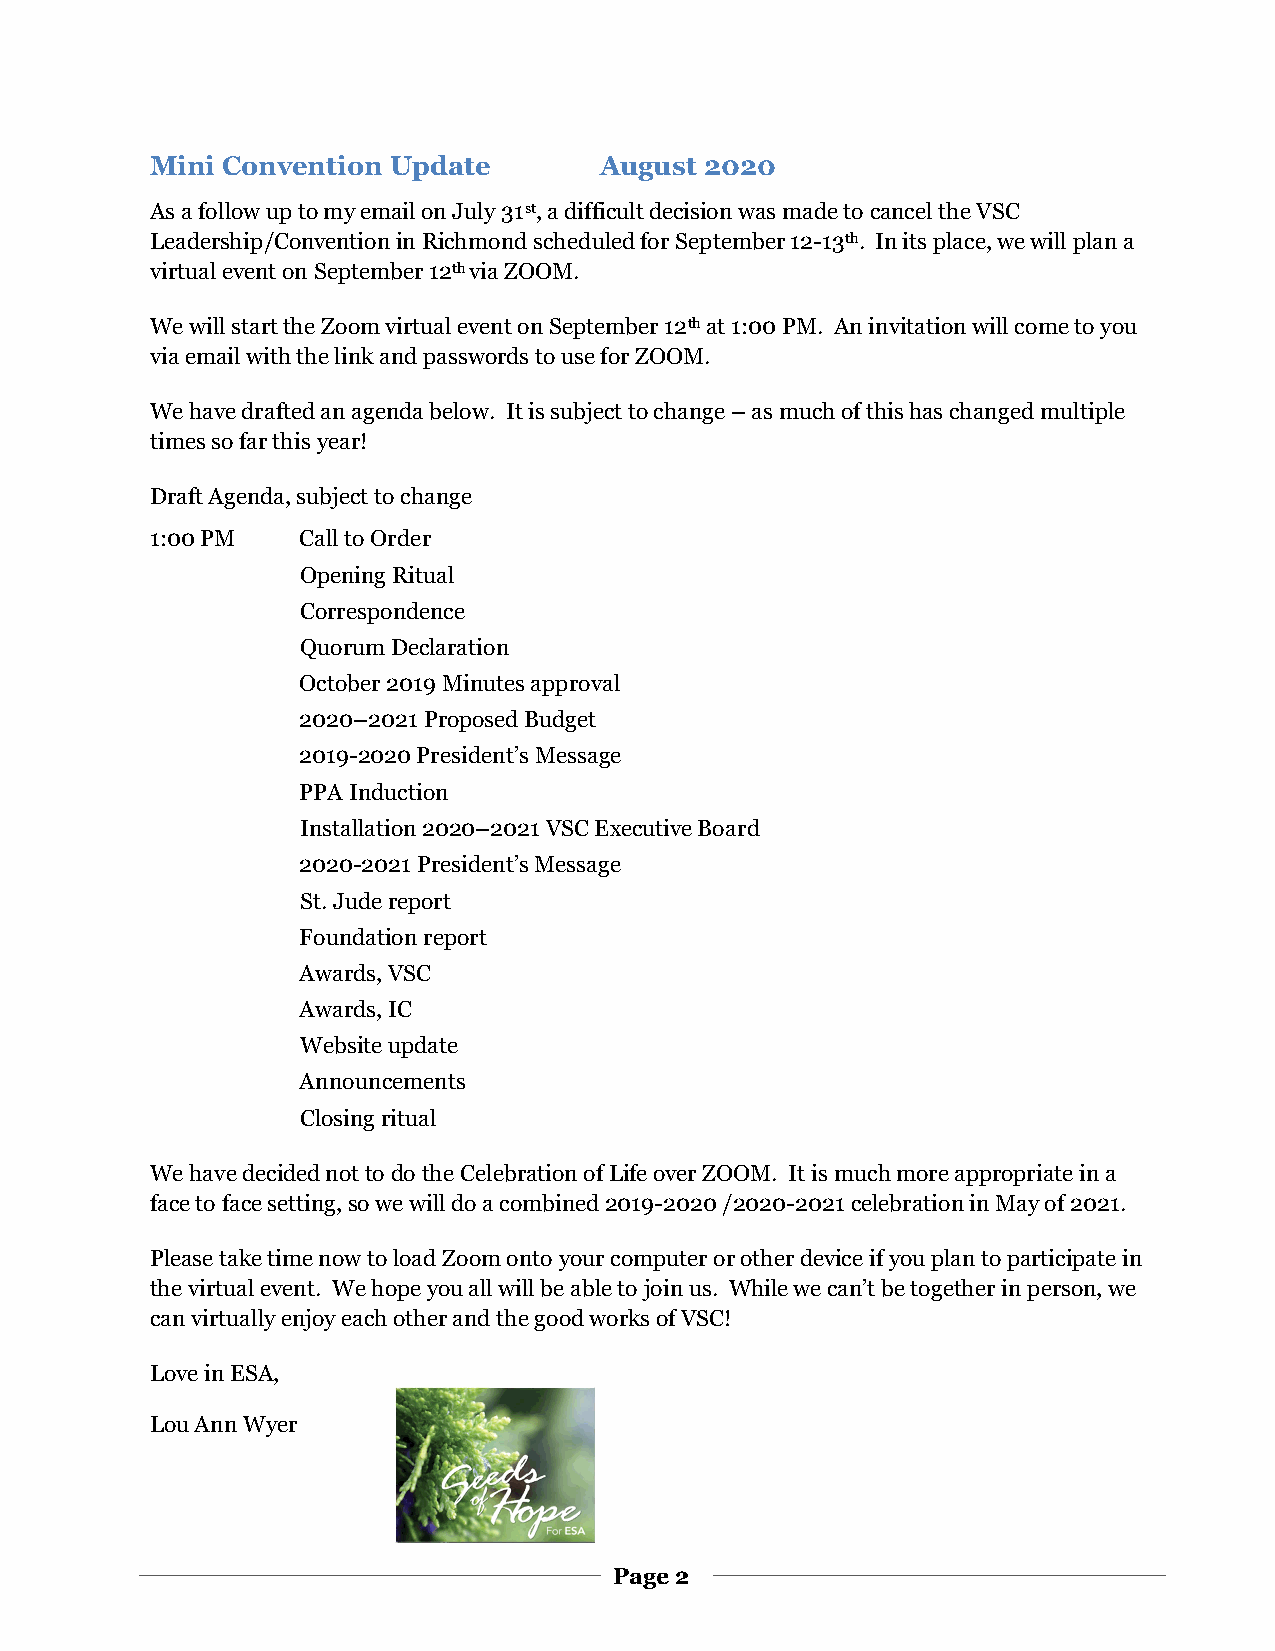
Mini Convention Update        August 2020
 As a follow up to my email on July 31st, a difficult decision was made to cancel the VSC
 Leadership/Convention in Richmond scheduled for September 12-13th. In its place, we will plan a
 virtual event on September 12th via ZOOM.
 We will start the Zoom virtual event on September 12th at 1:00 PM. An invitation will come to you
 via email with the link and passwords to use for ZOOM.
 We have drafted an agenda below. It is subject to change – as much of this has changed multiple
 times so far this year!
 Draft Agenda, subject to change
 1:00 PM   Call to Order
 Opening Ritual
 Correspondence
 Quorum Declaration
 October 2019 Minutes approval
 2020–2021 Proposed Budget
 2019-2020 President’s Message
 PPA Induction
 Installation 2020–2021 VSC Executive Board
 2020-2021 President’s Message
 St. Jude report
 Foundation report
 Awards, VSC
 Awards, IC
 Website update
 Announcements
 Closing ritual
 We have decided not to do the Celebration of Life over ZOOM. It is much more appropriate in a
 face to face setting, so we will do a combined 2019-2020 /2020-2021 celebration in May of 2021.
 Please take time now to load Zoom onto your computer or other device if you plan to participate in
 the virtual event. We hope you all will be able to join us. While we can’t be together in person, we
 can virtually enjoy each other and the good works of VSC!
 Love in ESA,
 Lou Ann Wyer
 Page 2